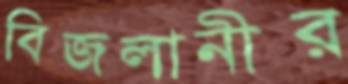
বিজলানীর